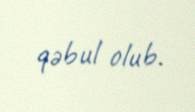
qəbul olub.